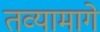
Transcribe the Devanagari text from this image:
तव्यामागे